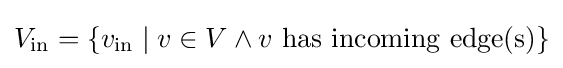
V_{\textrm {in}}=\{v_{\textrm {in}}\mid v\in V\land v{\text{ has incoming edge(s)}}\}